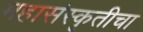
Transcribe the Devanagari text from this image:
महासंस्कृतीचा